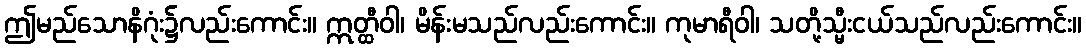
ဤမည်သောနိဂုံး၌လည်းကောင်း။ ဣတ္ထီဝါ၊ မိန်းမသည်လည်းကောင်း။ ကုမာရီဝါ၊ သတို့သ္မီးငယ်သည်လည်းကောင်း။